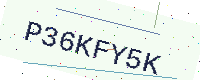
Text: P36KFY5K